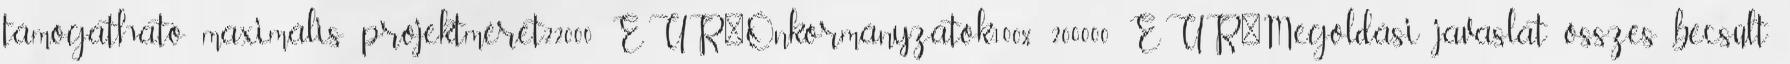
támogatható maximális projektméret22000 EUR▪Önkormányzatok100% 200000 EUR▪Megoldási javaslat összes becsült